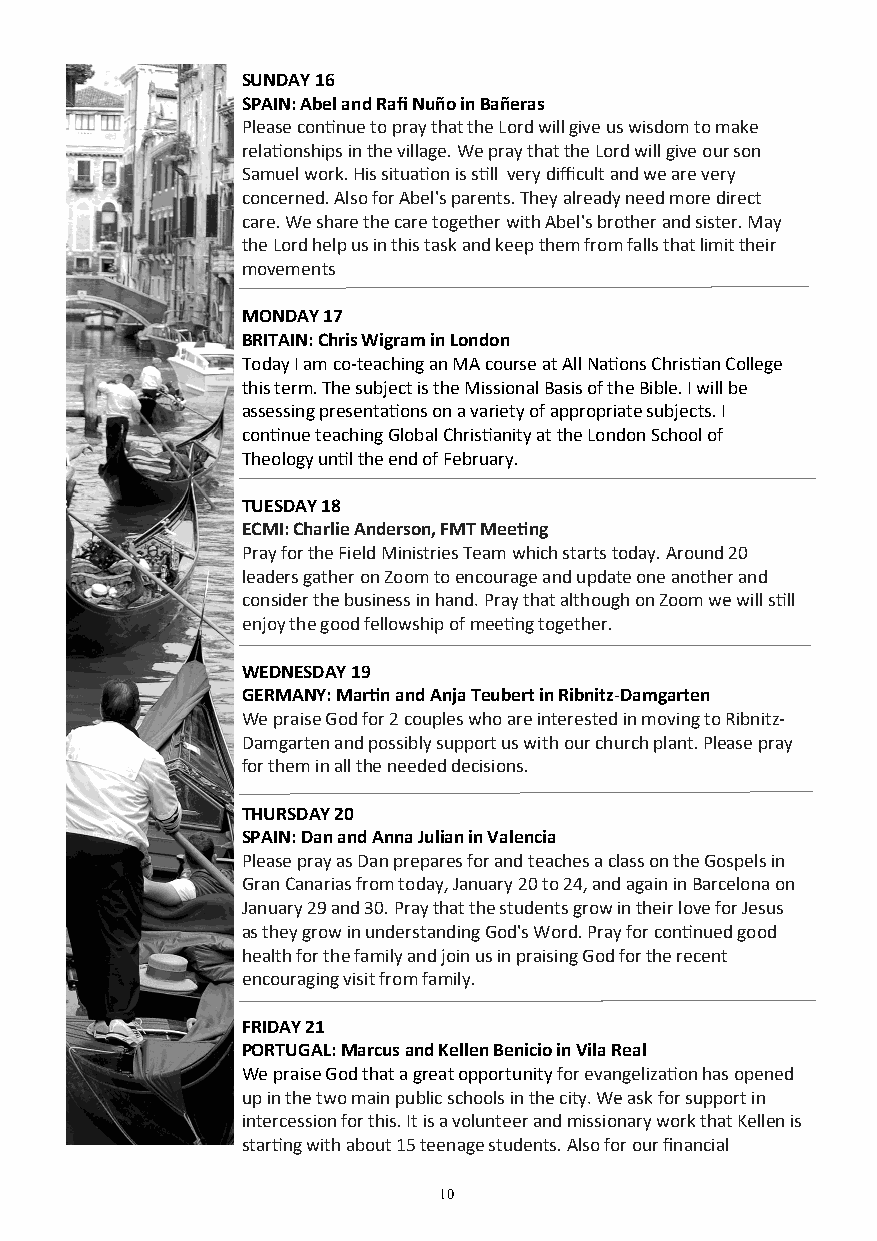
SUNDAY 16
 SPAIN: Abel and Rafi Nuño in Bañeras
 Please continue to pray that the Lord will give us wisdom to make
 relationships in the village. We pray that the Lord will give our son
 Samuel work. His situation is still very difficult and we are very
 concerned. Also for Abel's parents. They already need more direct
 care. We share the care together with Abel's brother and sister. May
 the Lord help us in this task and keep them from falls that limit their
 movements
 MONDAY 17
 BRITAIN: Chris Wigram in London
 Today I am co-teaching an MA course at All Nations Christian College
 this term. The subject is the Missional Basis of the Bible. I will be
 assessing presentations on a variety of appropriate subjects. I
 continue teaching Global Christianity at the London School of
 Theology until the end of February.
 TUESDAY 18
 ECMI: Charlie Anderson, FMT Meeting
 Pray for the Field Ministries Team which starts today. Around 20
 leaders gather on Zoom to encourage and update one another and
 consider the business in hand. Pray that although on Zoom we will still
 enjoy the good fellowship of meeting together.
 WEDNESDAY 19
 GERMANY: Martin and Anja Teubert in Ribnitz-Damgarten
 We praise God for 2 couples who are interested in moving to Ribnitz-
 Damgarten and possibly support us with our church plant. Please pray
 for them in all the needed decisions.
 THURSDAY 20
 SPAIN: Dan and Anna Julian in Valencia
 Please pray as Dan prepares for and teaches a class on the Gospels in
 Gran Canarias from today, January 20 to 24, and again in Barcelona on
 January 29 and 30. Pray that the students grow in their love for Jesus
 as they grow in understanding God's Word. Pray for continued good
 health for the family and join us in praising God for the recent
 encouraging visit from family.
 FRIDAY 21
 PORTUGAL: Marcus and Kellen Benicio in Vila Real
 We praise God that a great opportunity for evangelization has opened
 up in the two main public schools in the city. We ask for support in
 intercession for this. It is a volunteer and missionary work that Kellen is
 starting with about 15 teenage students. Also for our financial
 10